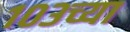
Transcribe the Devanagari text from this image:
१०३च्या